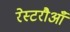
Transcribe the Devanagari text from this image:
रेस्टरौआँ